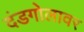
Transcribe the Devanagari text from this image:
दंडगोलावर